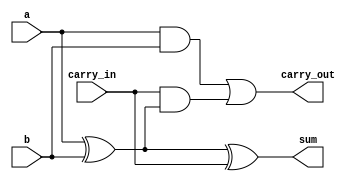
module FullAdder(
  input wire a, 
  input wire b,
  input wire carry_in,
  output wire sum,
  output wire carry_out
);

  assign sum = a ^ b ^ carry_in;
  assign carry_out = (a & b) | (carry_in & (a ^ b));
  
endmodule
//----------------------------------------------------------------------------------
// test bench module //
module Testbench;

  // Inputs
  reg a, b, carry_in;
  
  // Outputs
  wire sum, carry_out;
  
  // Instantiate the full adder module
  FullAdder dut(
    .a(a),
    .b(b),
    .carry_in(carry_in),
    .sum(sum),
    .carry_out(carry_out)
  );
  
  // Clock signal for testbench
  reg clk = 0;
  
  // Testbench stimulus
  initial begin
    $display("Testbench for Full Adder");
    
    // Testcase 1: a=0, b=0, carry_in=0
    #10 a = 0; b = 0; carry_in = 0;
    #5 $display("a=%b, b=%b, carry_in=%b, sum=%b, carry_out=%b", a, b, carry_in, sum, carry_out);
    
    // Testcase 2: a=0, b=0, carry_in=1
    #10 a = 0; b = 0; carry_in = 1;
    #5 $display("a=%b, b=%b, carry_in=%b, sum=%b, carry_out=%b", a, b, carry_in, sum, carry_out);
    
    // Testcase 3: a=0, b=1, carry_in=0
    #10 a = 0; b = 1; carry_in = 0;
    #5 $display("a=%b, b=%b, carry_in=%b, sum=%b, carry_out=%b", a, b, carry_in, sum, carry_out);
    
    // Testcase 4: a=0, b=1, carry_in=1
    #10 a = 0; b = 1; carry_in = 1;
    #5 $display("a=%b, b=%b, carry_in=%b, sum=%b, carry_out=%b", a, b, carry_in, sum, carry_out);
    
    // Testcase 5: a=1, b=0, carry_in=0
    #10 a = 1; b = 0; carry_in = 0;
    #5 $display("a=%b, b=%b, carry_in=%b, sum=%b, carry_out=%b", a, b, carry_in, sum, carry_out);
    
    // Testcase 6: a=1, b=0, carry_in=1
    #10 a = 1; b = 0; carry_in = 1;
    #5 $display("a=%b, b=%b, carry_in=%b, sum=%b, carry_out=%b", a, b, carry_in, sum, carry_out);
    
    // Testcase 7: a=1, b=1, carry_in=0
    #10 a = 1; b = 1; carry_in = 0;
    #5 $display("a=%b, b=%b, carry_in=%b, sum=%b, carry_out=%b", a, b, carry_in, sum, carry_out);
    
    // Testcase 8: a=1, b=1, carry_in=1
    #10 a = 1; b = 1; carry_in = 1;
    #5 $display("a=%b, b=%b, carry_in=%b, sum=%b, carry_out=%b", a, b, carry_in, sum, carry_out);
    
    // Finish the simulation
    #5 $finish;
  end
  
  // Toggle the clock signal
  always #5 clk = ~clk;
  
endmodule